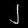
Digit: ၂